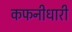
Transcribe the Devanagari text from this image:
कफनीधारी